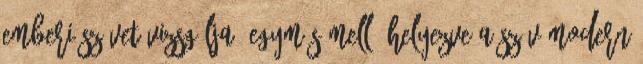
emberi szívet vizsgálja, egymás mellé helyezve a szív modern